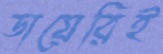
ডায়েরিই